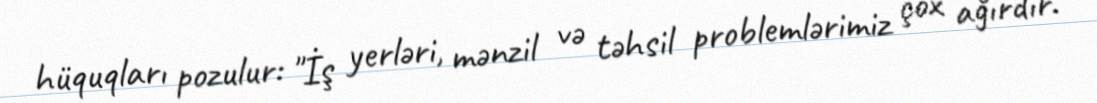
hüquqları pozulur: "İş yerləri, mənzil və təhsil problemlərimiz çox ağırdır.